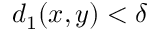
d _ { 1 } ( x , y ) < \delta